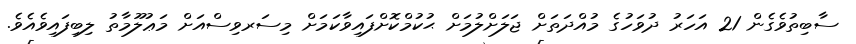
ސާބިތުވެގެން 21 އަހަރު ދުވަހުގެ މުއްދަތަށް ޖަލަށްލުމަށް ޙުކުމްކޮށްފައިވާކަމަށް މިސަރވިސްއަށް މަޢުލޫމާތު ލިބިފައިވެއެވެ.